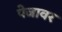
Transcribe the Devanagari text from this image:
पेजावर